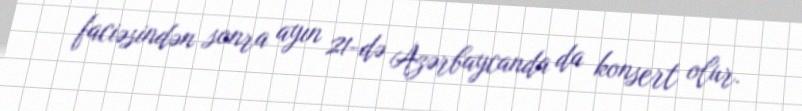
faciəsindən sonra ayın 21-də Azərbaycanda da konsert olur.